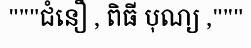
"""ជំនឿ , ពិធី បុណ្យ ,"""